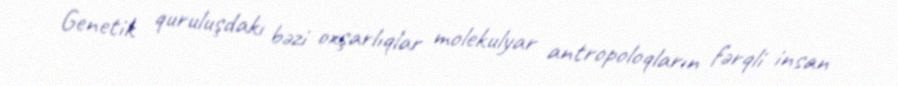
Genetik quruluşdakı bəzi oxşarlıqlar molekulyar antropoloqların fərqli insan